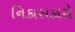
નિકાસકારો